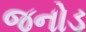
જનોડ